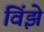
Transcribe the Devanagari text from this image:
विंझे